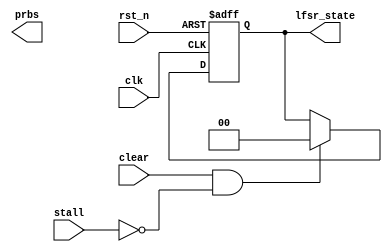
module zl_lfsr #
(
    parameter LFSR_poly = 0,
    parameter LFSR_width = 0,
    parameter LFSR_init_value = 0,
    parameter PRBS_width = 0
)
(
    input clk,
    input rst_n,
    //
    input stall,
    input clear,
    output [LFSR_width-1:0] lfsr_state,
    output [PRBS_width-1:0] prbs
);

reg [LFSR_width-1:0] state_reg;
reg [LFSR_width-1:0] state_next;
reg [PRBS_width-1:0] prbs_internal;

integer i;

function [LFSR_width-1:0] lfsr_state_next_serial;
    input [LFSR_width-1:0] cur_state;
    begin
        lfsr_state_next_serial = {cur_state[LFSR_width-2:0],
                                    ^(cur_state & LFSR_poly[LFSR_width:1])};
    end
endfunction

always @(*) begin
    state_next = state_reg;
    for(i=0;i<PRBS_width;i=i+1) begin
       state_next = lfsr_state_next_serial(state_next);
        prbs_internal[PRBS_width-i-1] = state_next[0]; 
    end
end

always @(posedge clk or negedge rst_n) begin
    if(!rst_n) begin
        state_reg <= LFSR_init_value;
    end
    else if (clear && !stall) begin
        state_reg <= LFSR_init_value;
    end
    else if (!stall) begin
        state_reg <= state_next;
    end
end

assign lfsr_state = state_reg;
assign prbs = prbs_internal;

endmodule